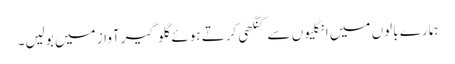
ہمارے بالوں میں انگلیوں سے کنگھی کرتے ہوئے گلو گیر آواز میں بولیں۔